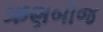
ઋણબોજ